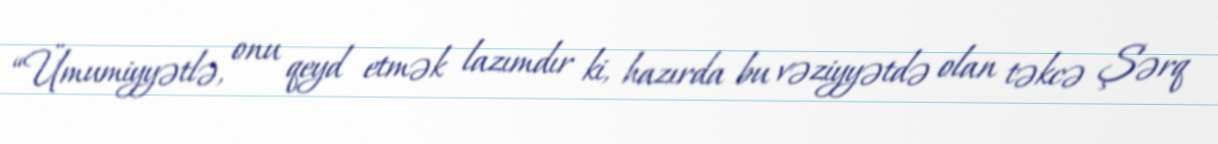
“Ümumiyyətlə, onu qeyd etmək lazımdır ki, hazırda bu vəziyyətdə olan təkcə Şərq